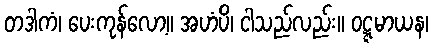
တဒါကံ၊ ပေးကုန်လော့။ အဟံပိ၊ ငါသည်လည်း။ ဝဋ္ဋမာယန၊